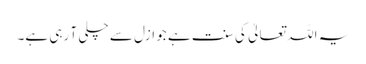
یہ اللہ تعالیٰ کی سنت ہے جو ازل سے چلی آ رہی ہے۔